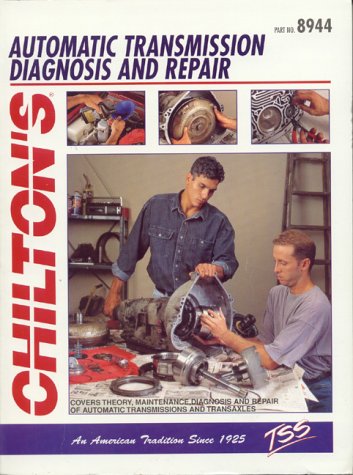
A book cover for Automatic Transmission Diagnosis and Repair (Haynes Repair Manuals); Chilton; Engineering & Transportation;